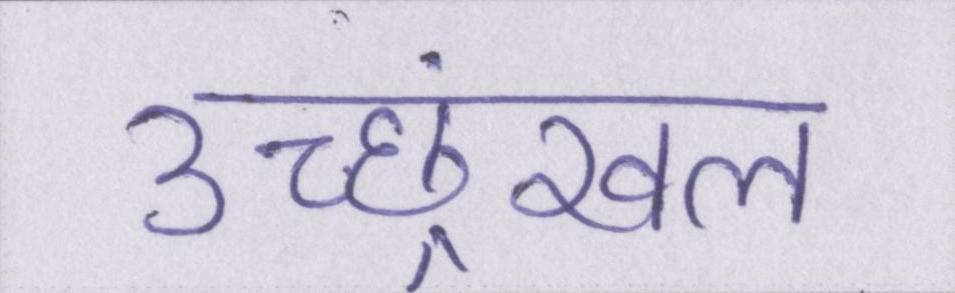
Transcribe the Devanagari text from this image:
उच्छ्रंखल